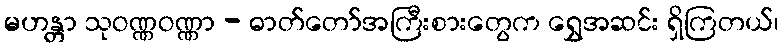
မဟန္တာ သုဝဏ္ဏဝဏ္ဏာ - ဓာတ်တော်အကြီးစားတွေက ရွှေအဆင်း ရှိကြတယ်၊